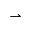
\rightharpoonup